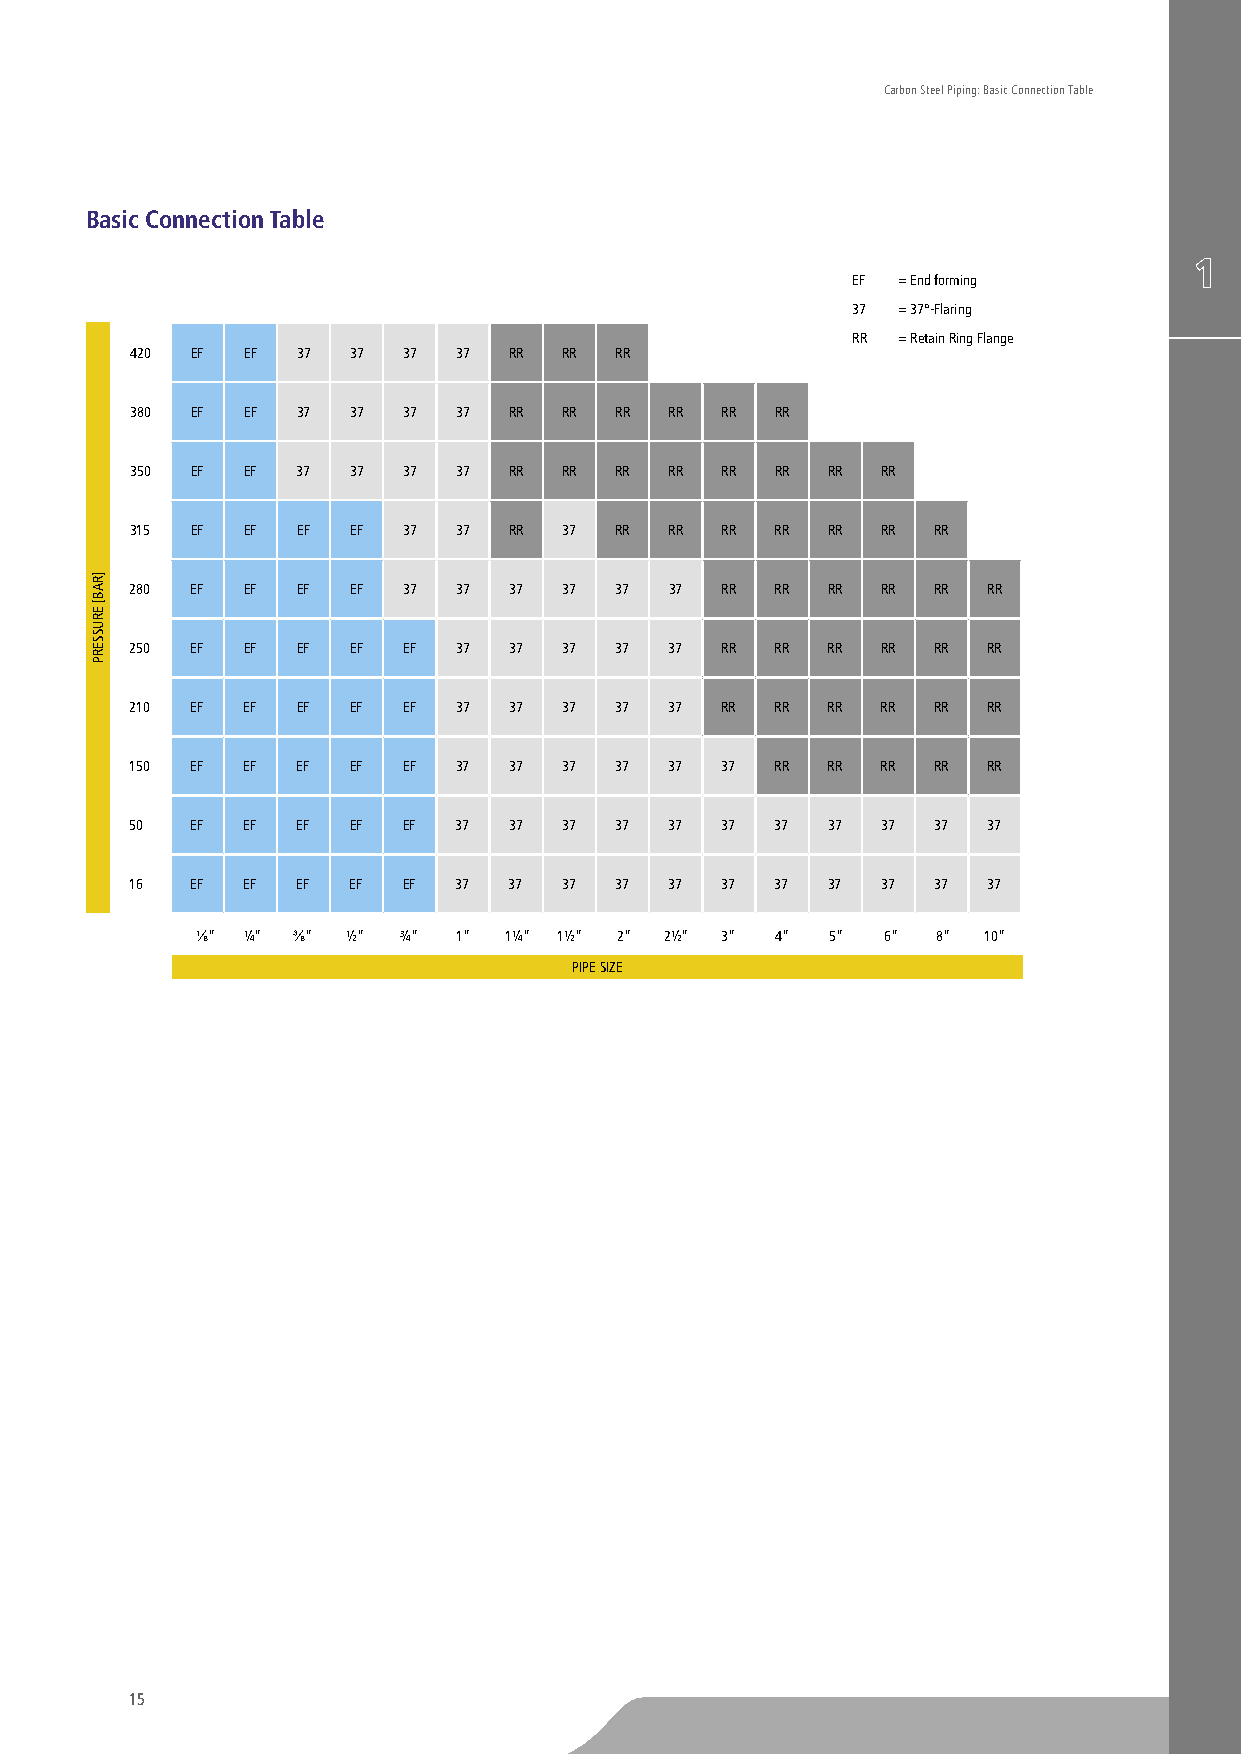
Carbon Steel Piping: Basic Connection Table
 Basic Connection Table
 EF = End forming
 37 = 37°-Flaring
 RR = Retain Ring Flange
 420 EF EF  37 37  37 37  RR RR  RR
 380 EF EF  37 37  37 37  RR RR  RR RR  RR RR
 350 EF EF  37 37  37 37  RR RR  RR RR  RR RR  RR RR
 315 EF EF  EF EF  37 37  RR 37  RR RR  RR RR  RR RR  RR
 280 EF EF  EF EF  37 37  37 37  37 37  RR RR  RR RR  RR RR
 250 EF EF  EF EF  EF 37  37 37  37 37  RR RR  RR RR  RR RR
 210 EF EF  EF EF  EF 37  37 37  37 37  RR RR  RR RR  RR RR
 150 EF EF  EF EF  EF 37  37 37  37 37  37 RR  RR RR  RR RR
 50  EF EF  EF EF  EF 37  37 37  37 37  37 37  37 37  37 37
 16  EF EF  EF EF  EF 37  37 37  37 37  37 37  37 37  37 37
 ⅛” ¼” ⅜”  ½” ¾”  1” 1¼” 1½” 2” 2½” 3” 4”  5” 6”  8” 10”
 PIPE SIZE
 15
 ]RAB[
 ERUSSERP